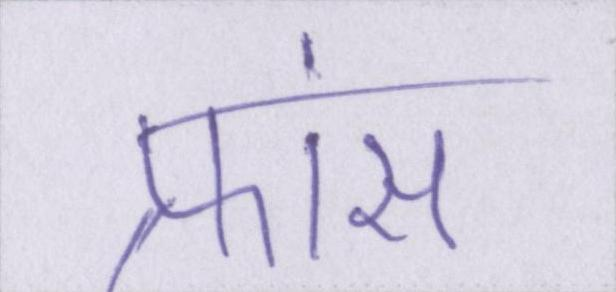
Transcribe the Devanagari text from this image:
फ्रांस